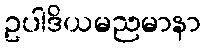
ဥပါဒိယမညမာနာ